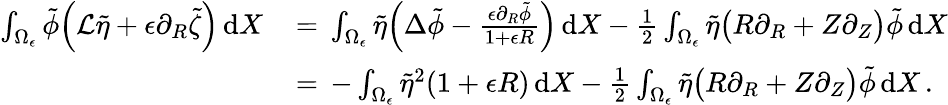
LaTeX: \begin{array}{rl}{\int_{\Omega_{\epsilon}}\tilde{\phi}\Bigl(\mathcal{L}\tilde{\eta}+\epsilon\partial_{R}\tilde{\zeta}\Bigr)\, \mathrm{d}X\, }&{=\, \int_{\Omega_{\epsilon}}\tilde{\eta}\Bigl(\Delta\tilde{\phi}-\frac{\epsilon\partial_{R}\tilde{\phi}}{1+\epsilon R}\Bigr)\, \mathrm{d}X-\frac 12\int_{\Omega_{\epsilon}}\tilde{\eta}\bigl(R\partial_{R}+Z\partial_{Z}\bigr)\tilde{\phi}\, \mathrm{d}X}\\ {\, }&{=\, -\int_{\Omega_{\epsilon}}\tilde{\eta}^{2}(1+\epsilon R)\, \mathrm{d}X-\frac 12\int_{\Omega_{\epsilon}}\tilde{\eta}\bigl(R\partial_{R}+Z\partial_{Z}\bigr)\tilde{\phi}\, \mathrm{d}X\, .}\end{array}